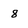
Character: 8